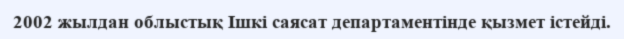
2002 жылдан облыстық Ішкі саясат департаментінде қызмет істейді.